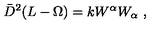
\bar { D } ^ { 2 } ( L - \Omega ) = k W ^ { \alpha } W _ { \alpha } \ ,